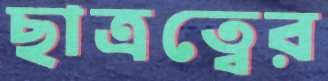
ছাত্রত্বের